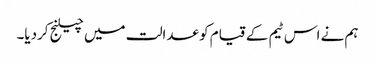
ہم نے اس ٹیم کے قیام کو عدالت میں چیلنج کردیا۔